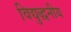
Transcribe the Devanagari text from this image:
विद्युद्धनीय